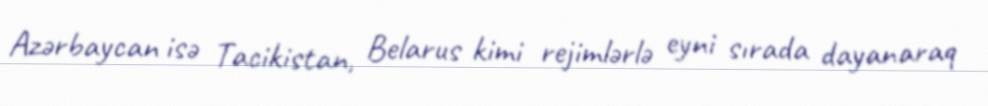
Azərbaycan isə Tacikistan, Belarus kimi rejimlərlə eyni sırada dayanaraq